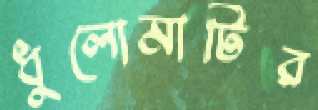
ধুলোমাটির